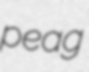
peag